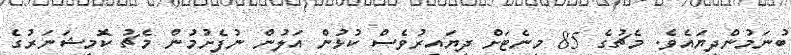
ބުނަމުންދިޔައެވެ. މެޗުގެ 85 މިނެޓަށް ދިޔައިރުވެސް ކުޅުން އަލުން ނުފެށުމުން މެޗު ކޮމިޝަނަރުގެ